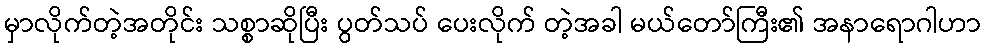
မှာလိုက်တဲ့အတိုင်း သစ္စာဆိုပြီး ပွတ်သပ် ပေးလိုက် တဲ့အခါ မယ်တော်ကြီး၏ အနာရောဂါဟာ